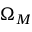
\Omega _ { M }